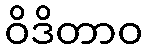
ဝိဒိတာဝ